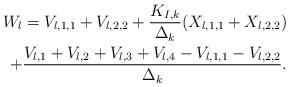
LaTeX: \begin{align*}\begin{aligned}W_{l}= V_{l,1,1}+V_{l,2,2}+\frac{K_{I,k}}{\Delta_k }( X_{l,1,1}+X_{l,2,2})\\+\frac{V_{l,1}+V_{l,2}+V_{l,3}+V_{l,4}-V_{l,1,1}-V_{l,2,2}}{\Delta_{k}}.\end{aligned}\end{align*}